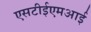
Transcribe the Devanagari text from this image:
एसटीईएमआई